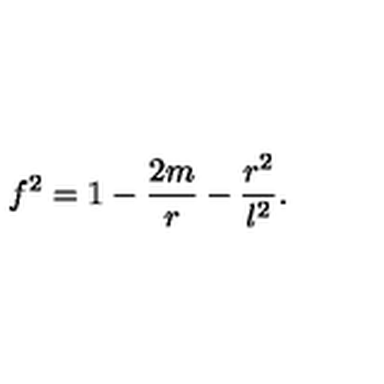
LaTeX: f ^ { 2 } = 1 - \frac { 2 m } { r } - \frac { r ^ { 2 } } { l ^ { 2 } } .